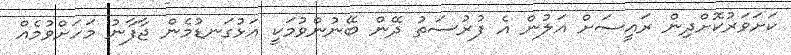
ކަށަވަރުކޮށްދިން ރައީސަށް އަލުން އެ ފުރުސަތު ދޭން ބޭނުންވުމަކީ އަޅުގަނޑުމެން ޖާފާނު މަހަށްވުމެއް